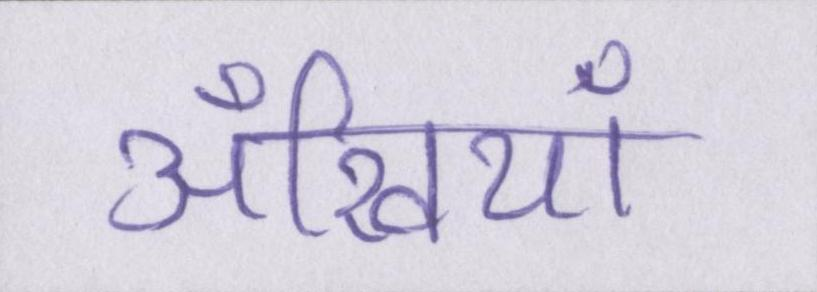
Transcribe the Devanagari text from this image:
अँखियाँ